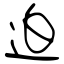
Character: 迫